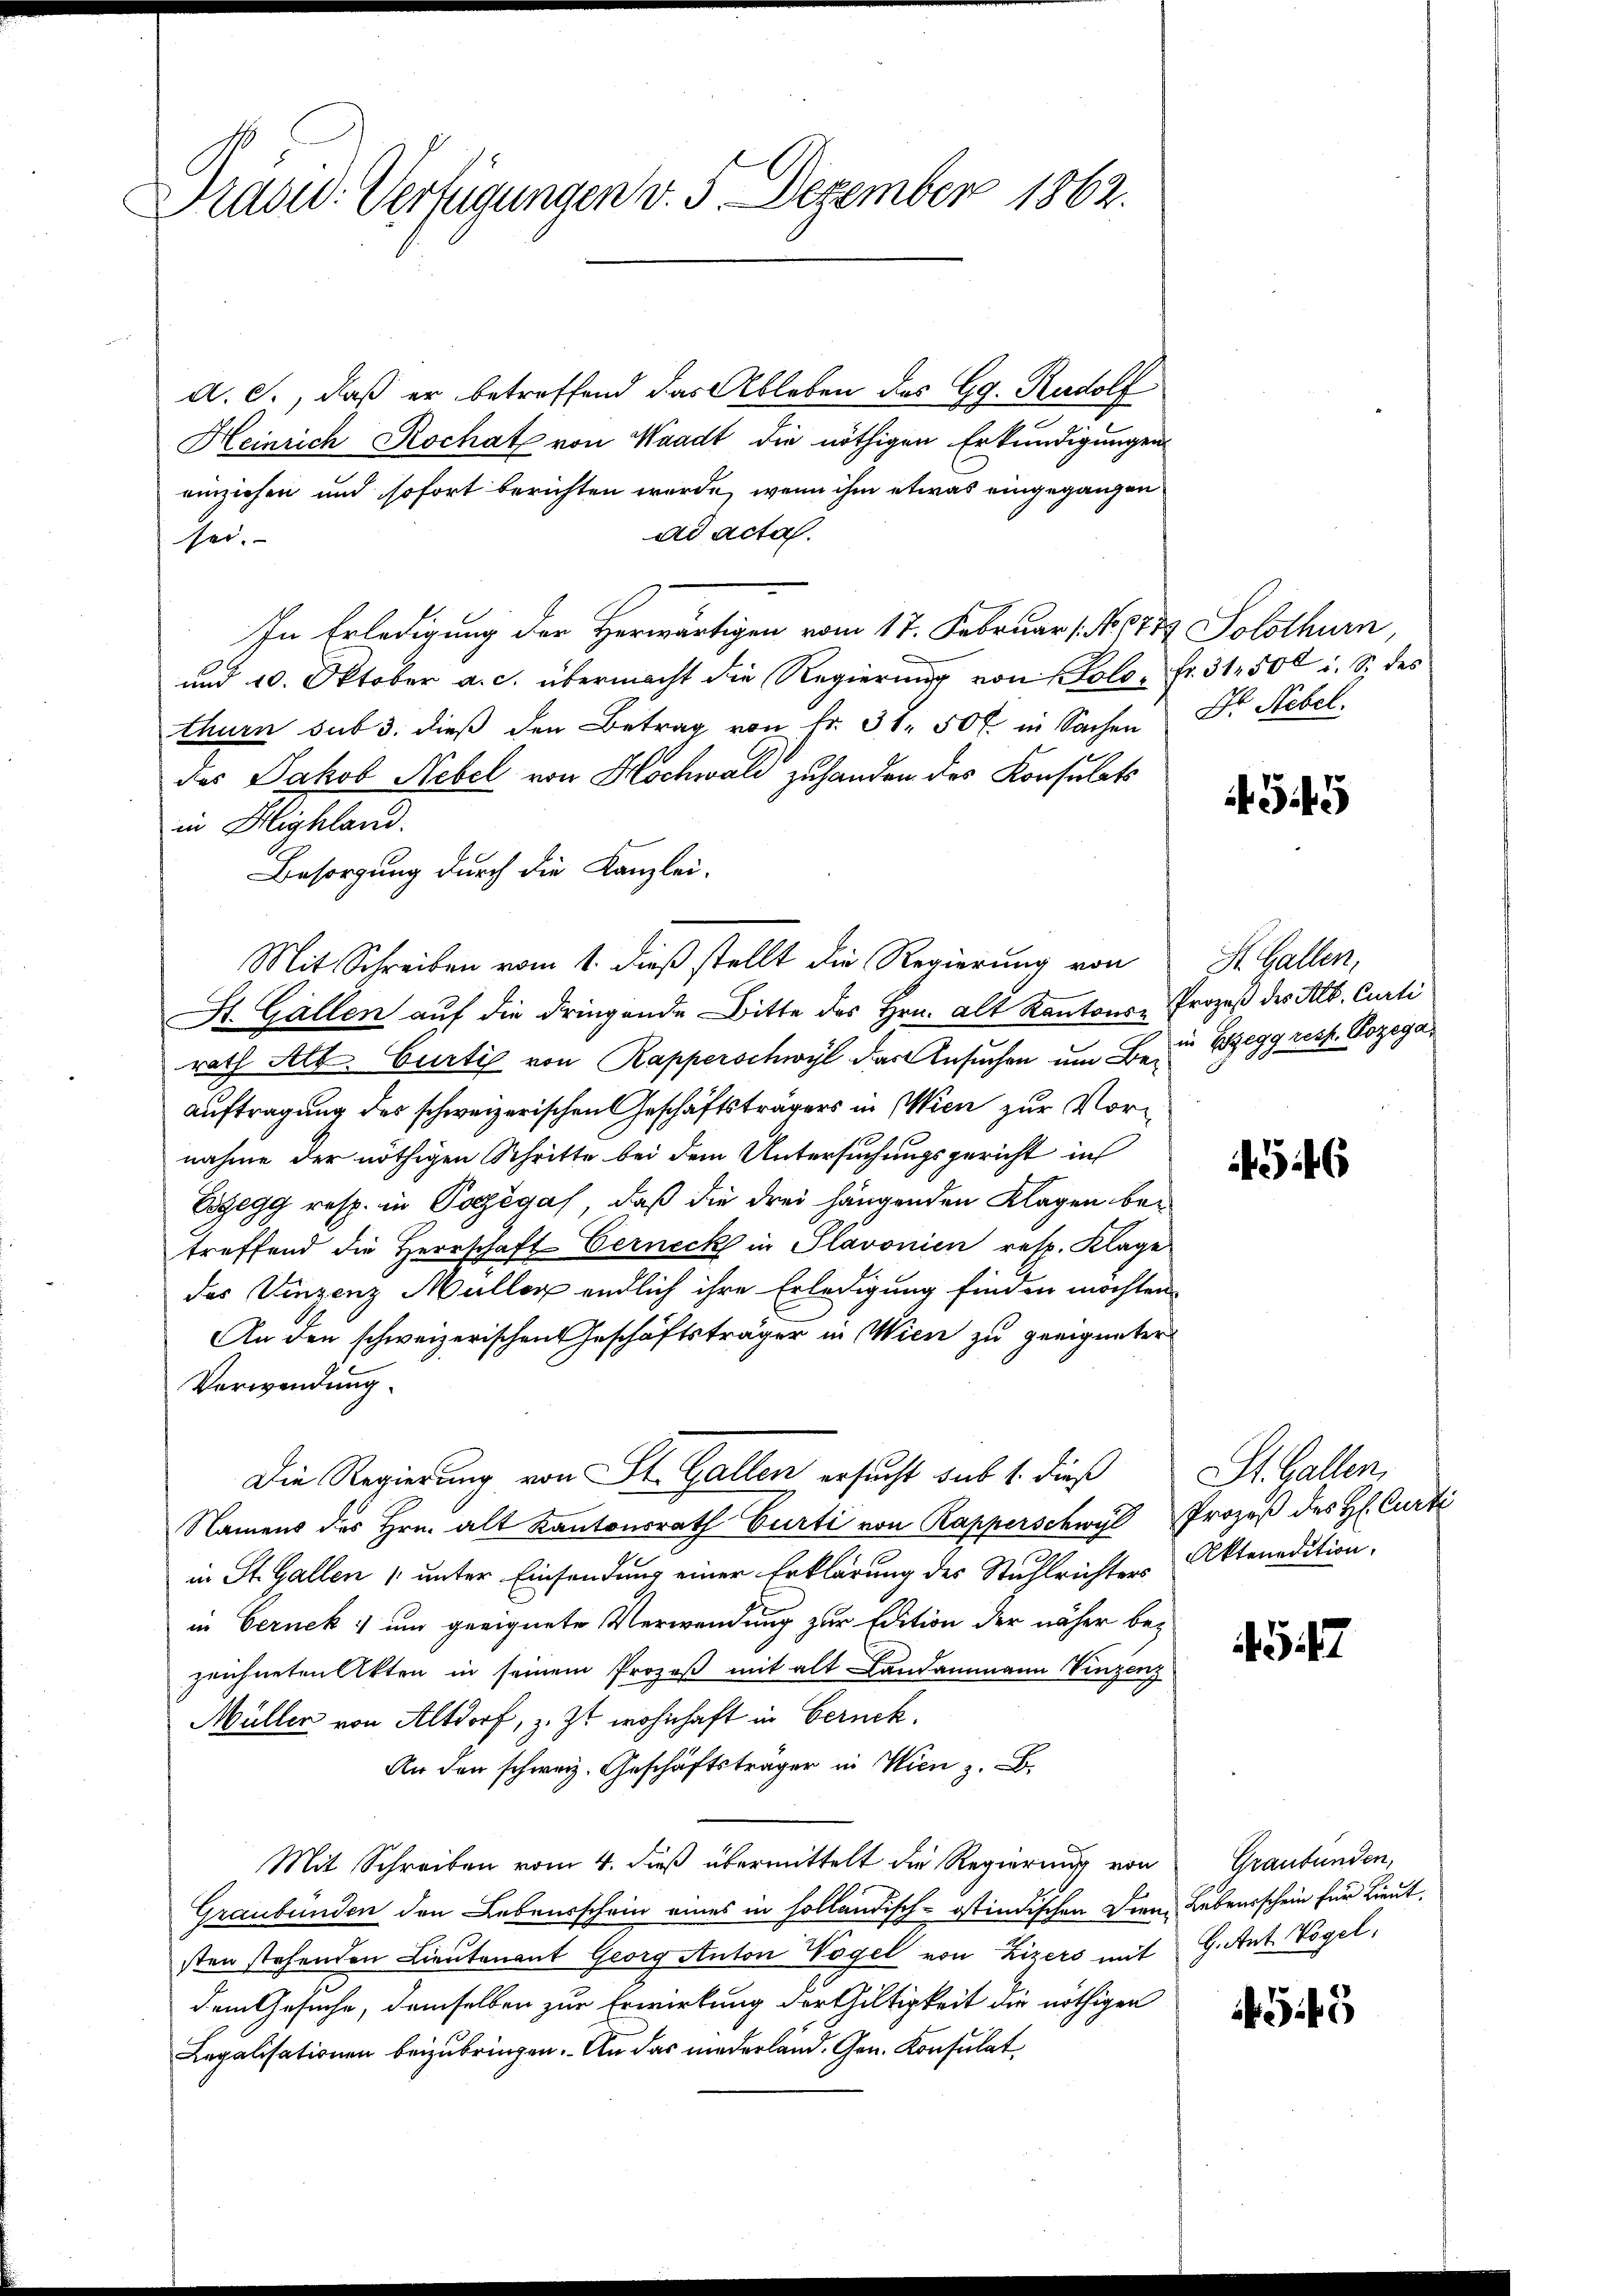
Trasad: Verfügungen v. 3. Dezember 1862.

d. J., daß er betreffend das Ableben des Gg. Rudolf
Heinrich Rochat von Waadt die nöthigen Erkundigungen
einziehen und sofort berichten werde, wenn ihm etwas eingegangen
ad acta.
her.
In Erledigung der Herwärtigen vom 17. Februar (N.pr. Solothurn
und 10. Oktober a. c. übermacht die Regierung von Kolo. fr. 31,500 i. S. des
thurn sub 3. dieß den Betrag von fr. 31. 50 f. in Sachen Dr. Nebel.
das Jakob Nebel von Hochwald zuhanden des Konsulats
in Highland.
Besorgung durch die Kanzlei-
Mit Schreiben vom 1. dieß stellt die Regierung von
St. Gallen auf die dringende Bitte des Hrn. alt Kantons-Prozeß des Alb. Curti
rath Alb. Curtig von Rapperschwyl das Ansuchen um Bei Bregg resp. Kozega
Auftragung des schweizerischen Geschäftsträgers in Wien zur Vornahme der nöthigen Schritte bei dem Untersuchungsgericht in
Egegg resp. in Porzegas, daß die drei hängenden Klagen betreffend die Herrschaft Verneck in Slavonien resp. Klage
das Vinzenz Müller endlich ihre Erledigung finden möchten.
An den schweizerischen Geschäftsträger in Wien zu geeigneter
Verwendung.
Die Regierung von St. Gallen ersucht sub 1. dieß
Nament des Hrn. alt Kantonsrath Burti von Kapperschwyl Prozeß des H. Curti
in St. Gallen 1 unter Einsendung einer Erklärung des Stuhlrichter Aktenadition,
in Gernek und geeignete Verwendung zur Edition der näher bezeichneten Akten in seinem Prozeß mit alt Landammann Vinzenz
Müller von Altdorf, z. Zt. wohnhaft in Berneh¬
An den schweiz. Geschäftsträger in Wien z. B.
Mit Schreiben vom 4. dieß übermittelt die Regierung von Graubünden,
Graubünden den Lebensschein eines in solländisch-östindischen Diene Lebensschein für Lieut.
sten stehenden Lieutenant Georg Anton Vogel von Zizers mit
dem Gesuche, demselben zur Erwirkung der Gültigkeit die nöthigen
Legalisationen beizubringen. An das niederland. Gen. Konsulat,

55

St. Gallen,
546

St. Gallen,

547

G. Ant. Vogel.

545